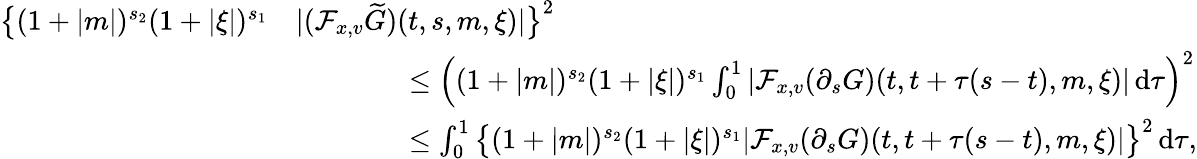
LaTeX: \begin{array}{rl}{\big\lbrace(1+\vert m\vert)^{s_{2}}(1+\vert\xi\vert)^{s_{1}}}&{\vert(\mathcal{F}_{x,v}\widetilde{G})(t,s,m,\xi)\vert\big\rbrace^{2}}\\ &{\qquad\qquad\leq\left((1+\vert m\vert)^{s_{2}}(1+\vert\xi\vert)^{s_{1}}\int_{0}^{1}\vert\mathcal{F}_{x,v}(\partial_{s}G)(t,t+\tau(s-t),m,\xi)\vert\, \mathrm{d}\tau\right)^{2}}\\ &{\qquad\qquad\leq\int_{0}^{1}\big\lbrace(1+\vert m\vert)^{s_{2}}(1+\vert\xi\vert)^{s_{1}}\vert\mathcal{F}_{x,v}(\partial_{s}G)(t,t+\tau(s-t),m,\xi)\vert\big\rbrace^{2}\, \mathrm{d}\tau,}\end{array}